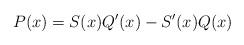
LaTeX: \begin{align*}P(x)=S(x)Q'(x)-S'(x)Q(x)\end{align*}